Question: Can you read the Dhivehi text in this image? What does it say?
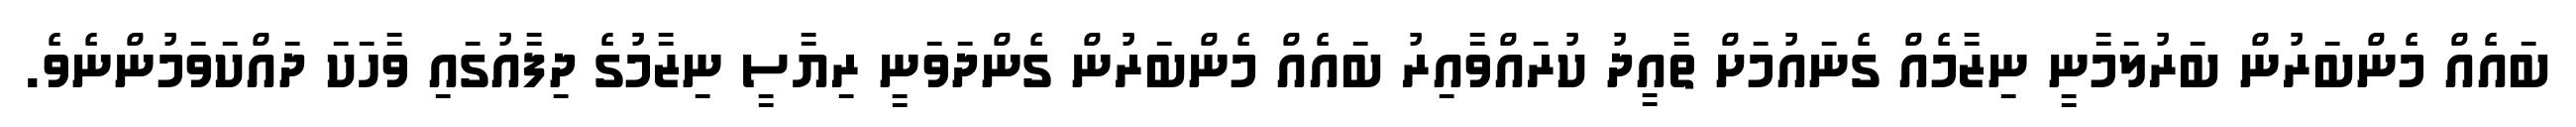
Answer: ބައެއް މެންބަރުން ބަރުލަމާނީ ނިޒާމެއް ގެނައުމަށް ތާއީދު ކުރައްވާއިރު ބައެއް މެންބަރުން ގެންދަވަނީ ރިޔާސީ ނިޒާމުގެ ދިފާއުގައި ވާހަކަ ދައްކަވަމުންނެވެ.